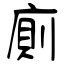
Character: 廁